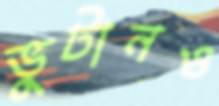
ভুটানও